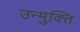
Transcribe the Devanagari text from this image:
उन्मुक्‍ति